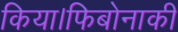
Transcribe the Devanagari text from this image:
किया।फिबोनाकी